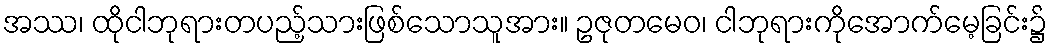
အဿ၊ ထိုငါဘုရားတပည့်သားဖြစ်သောသူအား။ ဥဇုတမေဝ၊ ငါဘုရားကိုအောက်မေ့ခြင်း၌